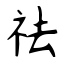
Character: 祛